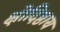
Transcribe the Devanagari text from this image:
क्षोदिष्ठाय